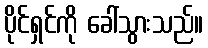
ပိုင်ရှင်ကို ခေါ်သွားသည်။